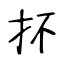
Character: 抔